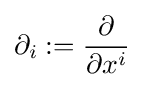
\partial _{i}:={\frac {\partial }{\partial x^{i}}}